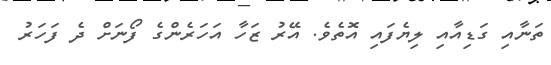
ތަނާއި ގަޑިއާއި ލިޔެފައި އޮތެވެ. އޭރު ޒަހާ އަހަރެންގެ ފޯނަށް ދެ ފަހަރު